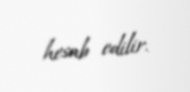
hesab edilir.